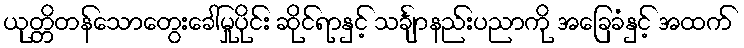
ယုတ္တိတန်သောတွေးခေါ်မှုပိုင်း ဆိုင်ရာနှင့် သင်္ချာနည်းပညာကို အခြေခံနှင့် အထက်